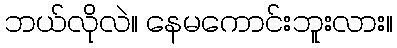
ဘယ်လိုလဲ။ နေမကောင်းဘူးလား။